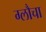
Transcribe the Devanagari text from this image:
ग्लौचा